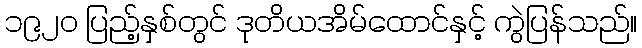
၁၉၂၀ ပြည့်နှစ်တွင် ဒုတိယအိမ်ထောင်နှင့် ကွဲပြန်သည်။